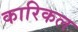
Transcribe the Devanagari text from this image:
कारिकल